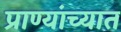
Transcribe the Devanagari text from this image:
प्राण्यांच्यात